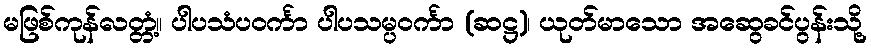
မဖြစ်ကုန်လတ္တံ့။ ပါပသံပဝင်္ကာ ပါပသမ္ပဝင်္ကာ (ဆဋ္ဌ)၊ ယုတ်မာသော အဆွေခင်ပွန်းသို့